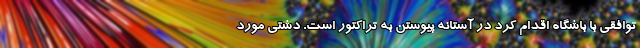
توافقی با باشگاه اقدام کرد در آستانه پیوستن به تراکتور است. دشتی مورد